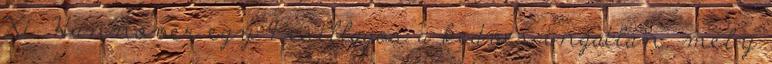
Xi. Hannover egy 4 csillagos a kedves ingatlan, mely